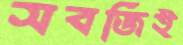
সবজিই